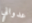
عدواني